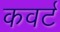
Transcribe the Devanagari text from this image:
कवर्ट